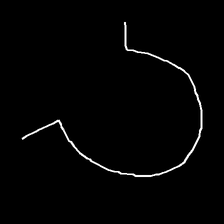
Glyph: weave